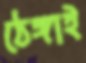
ঠেঙ্গাই